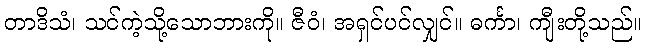
တာဒိသံ၊ သင်ကဲ့သို့သောဘားကို။ ဇီဝံ၊ အရှင်ပင်လျှင်။ ဓင်္ကာ၊ ကျီးတို့သည်။